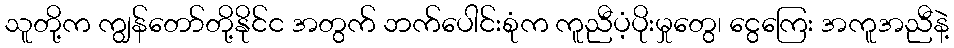
သူတို့က ကျွန်တော်တို့နိုင်င အတွက် ဘက်ပေါင်းစုံက ကူညီပံ့ပိုးမှုတွေ၊ ငွေကြေး အကူအညီနဲ့